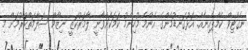
ނެގެޓިވް ކެމްޕެއިނެއް. އަޅުގަނޑުމެންގެ އެންމެ މުހިންމު ކަމަކަށްވާނީ ލާމަރުކަޒީ ނިޒާމް ސަލާމަތްކުރުމަށް މި